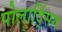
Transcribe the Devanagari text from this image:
पोलाद्सिंग